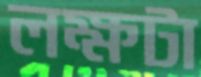
লক্ষটা